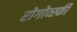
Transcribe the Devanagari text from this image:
रोगोव्स्की